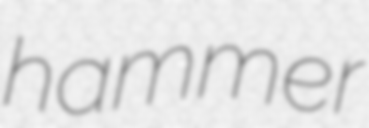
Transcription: hammer